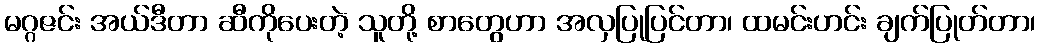
မဂ္ဂဇင်း အယ်ဒီတာ ဆီကိုပေးတဲ့ သူတို့ စာတွေဟာ အလှပြုပြင်တာ၊ ထမင်းဟင်း ချက်ပြုတ်တာ၊